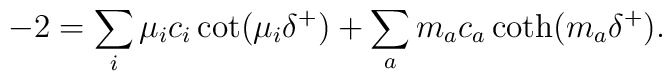
- 2 =\sum_i \mu_i c_i \cot(\mu_i  \delta^+) + \sum_a m_a c_a \coth(m_a  \delta^+).